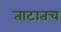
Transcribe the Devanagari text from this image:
ताटातच